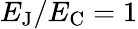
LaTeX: E_{\mathrm{{J}}}/E_{\mathrm{{C}}}=1